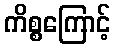
ကိစ္စကြောင့်